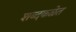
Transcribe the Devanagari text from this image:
शब्दकळेत